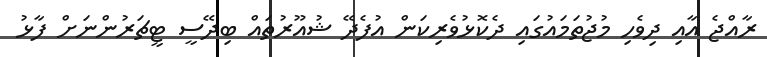
ރާއްޖެ އާއި ދިވެހި މުޖުތަމައުގައި ދެކޮޅުވެރިކަން އުފެދޭ ޝުއޫރުތައް ބިދޭސީ ޓީޗަރުންނަށް ފާޅު